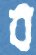
ব